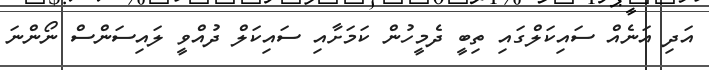
އަދި އަނެއް ސައިކަލްގައި ތިބީ ދެމީހުން ކަމަށާއި ސައިކަލް ދުއްވީ ލައިސަންސް ނޯންނަ